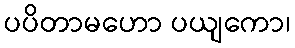
ပပိတာမဟော ပယျကော၊